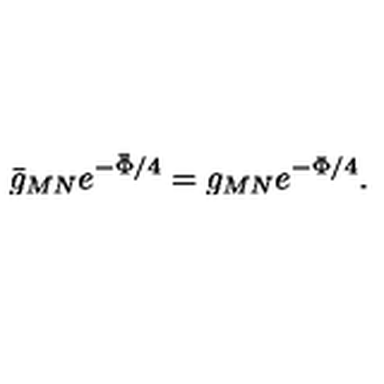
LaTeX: \bar { g } _ { M N } e ^ { - \bar { \Phi } / 4 } = g _ { M N } e ^ { - \Phi / 4 } .